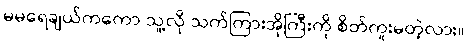
မမရေချယ်ကကော သူ့လို သက်ကြားအိုကြီးကို စိတ်ကူးမတဲ့လား။